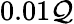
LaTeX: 0.01\mathcal{Q}